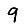
Digit: 9